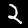
Digit: 2